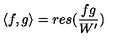
\langle f , g \rangle = r e s ( \frac { f g } { W ^ { \prime } } )